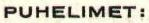
PUHELIMET: